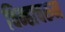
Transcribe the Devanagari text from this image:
चिन्हाचरुन